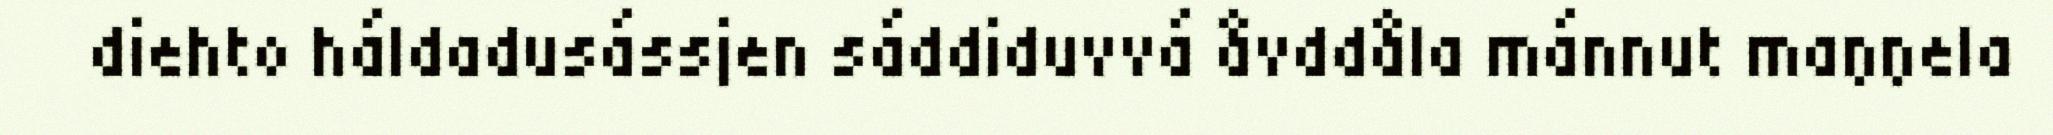
diehto háldadusássjen sáddiduvvá åvddåla mánnut maŋŋela